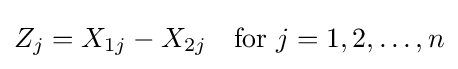
Z_{j}=X_{1j}-X_{2j}\quad {\mbox{for }}j=1,2,\ldots ,n